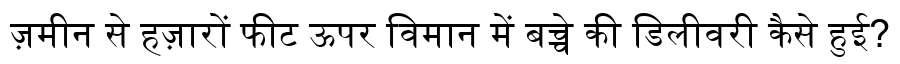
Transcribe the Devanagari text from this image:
ज़मीन से हज़ारों फीट ऊपर विमान में बच्चे की डिलीवरी कैसे हुई?